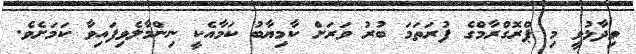
ވިދާޅުވީ މި ޕްރޮގްރާމްގެ ފުރަތަމަ ބުރު ވަރަށް ކާމިޔާބު ކަމާއެކީ ނިންމާލެވިފައިވާ ކަމަށެވެ.